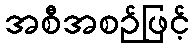
အစီအစဉ်ဖြင့်